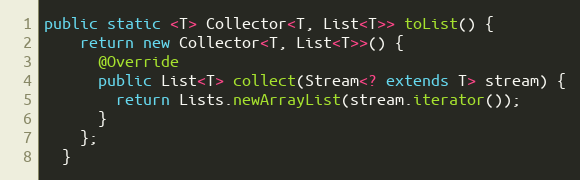
Language: Java
public static <T> Collector<T, List<T>> toList() {
    return new Collector<T, List<T>>() {
      @Override
      public List<T> collect(Stream<? extends T> stream) {
        return Lists.newArrayList(stream.iterator());
      }
    };
  }